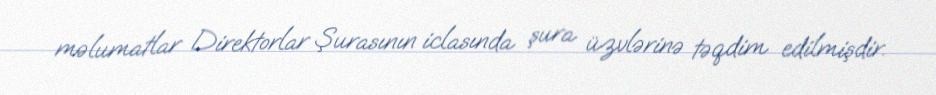
məlumatlar Direktorlar Şurasının iclasında şura üzvlərinə təqdim edilmişdir.